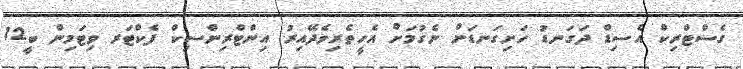
ގެސްޓްރިކް އެސިޑް ދަގަނޑު ހަށިގަނޑަށް ނެގުމަށް އެހީތެރިވެދޭއިރު އިންޓްރިންސިކް ފެކްޓަރ ވިޓަމިން ބީ12